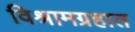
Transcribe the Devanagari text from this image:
विश्रामग्रहात